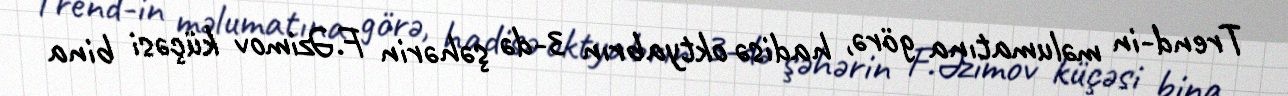
Trend-in məlumatına görə, hadisə oktyabrın 3-də şəhərin F.Əzimov küçəsi bina